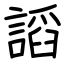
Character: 謟